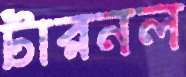
টারনল